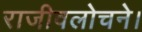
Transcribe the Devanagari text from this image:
राजीवलोचने।